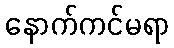
နောက်ကင်မရာ